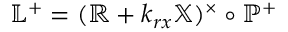
\mathbb { L } ^ { + } = ( \mathbb { R } + k _ { r x } \mathbb { X } ) ^ { \times } \circ \mathbb { P } ^ { + }